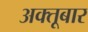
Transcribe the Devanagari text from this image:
अक्तूबार